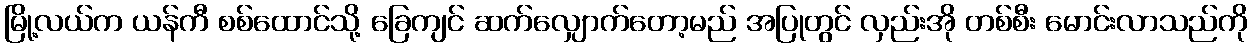
မြို့လယ်က ယန်ကီ စစ်ထောင်သို့ ခြေကျင် ဆက်လျှောက်တော့မည် အပြုတွင် လှည်းအို တစ်စီး မောင်းလာသည်ကို